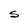
Character: S